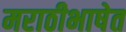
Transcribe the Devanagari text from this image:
मराठीभाषेत